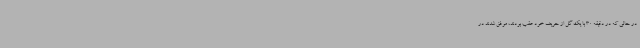
در حالی که در دقیقه 30 با یک گل از حریف خود عقب بودند، موفق شدند در